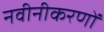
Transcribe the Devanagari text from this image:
नवीनीकरणों